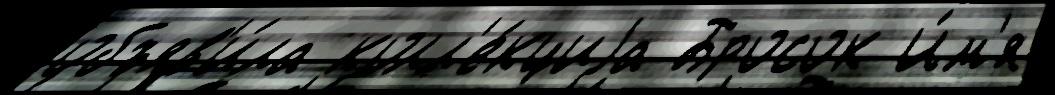
объяв'и́ла колл'е́кциjа Бросок И́м'я